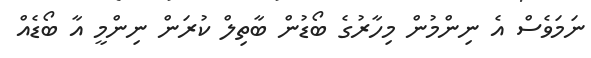
ނަމަވެސް އެ ނިންމުން މިހާރުގެ ބޯޑުން ބާތިލް ކުރަން ނިންމީ އާ ބޯޑެއް